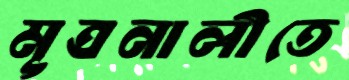
মূত্রনালীতে